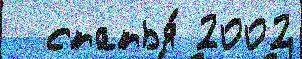
  статья́ 2002